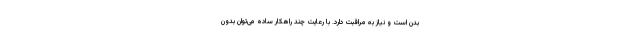
بدن است و نیاز به مراقبت دارد. با رعایت چند راهکار ساده می‌توان بدون